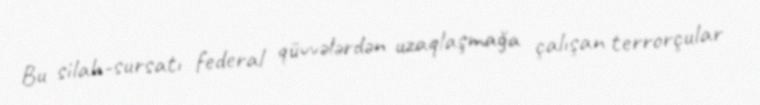
Bu silah-sursatı federal qüvvələrdən uzaqlaşmağa çalışan terrorçular